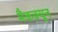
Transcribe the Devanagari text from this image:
मैकक्यून